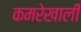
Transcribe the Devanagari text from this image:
कमरेखाली